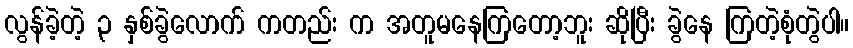
လွန်ခဲ့တဲ့ ၃ နှစ်ခွဲလောက် ကတည်း က အတူမနေကြတော့ဘူး ဆိုပြီး ခွဲနေ ကြတဲ့စုံတွဲပါ။